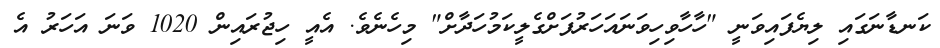
ކަނޑާނަގައި ލިޔެފައިވަނީ "ހާހާވިހިވަނައަހަރުފަށްގެލީކަމުހަދާށް" މިހެނެވެ. އެއީ ހިޖުރައިން 1020 ވަނަ އަހަރު އެ